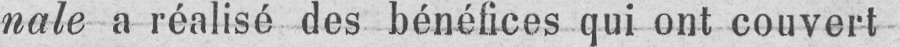
nale a réalisé des bénéfices qui ont couvert